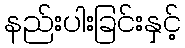
နည်းပါးခြင်းနှင့်